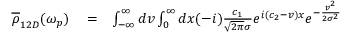
\begin{array} { r l r } { \overline { \rho } _ { 1 2 D } ( \omega _ { p } ) } & { { } = } & { \int _ { - \infty } ^ { \infty } d v \int _ { 0 } ^ { \infty } d x ( - i ) \frac { c _ { 1 } } { \sqrt { 2 \pi } \sigma } e ^ { i ( c _ { 2 } - v ) x } e ^ { - \frac { v ^ { 2 } } { 2 \sigma ^ { 2 } } } } \end{array}